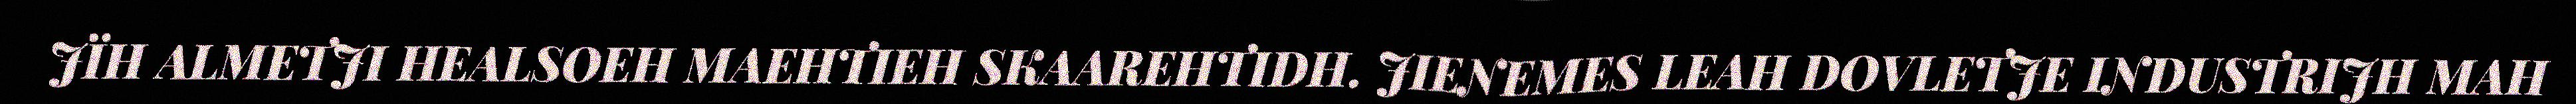
JÏH ALMETJI HEALSOEH MAEHTIEH SKAAREHTIDH. JIENEMES LEAH DOVLETJE INDUSTRIJH MAH